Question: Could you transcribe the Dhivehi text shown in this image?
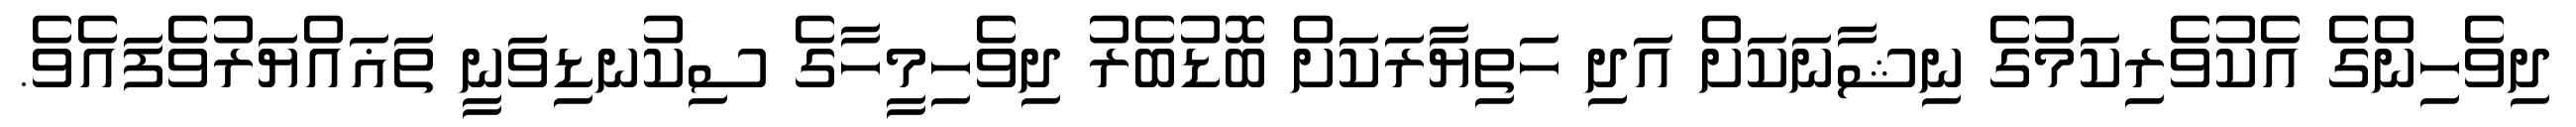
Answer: ދިވެހިންގެ އެކުވެރިކަމުގެ ނިޝާނަކަށް އަދި ހަތިޔާރަކަށް ބޮޑުބެރު ދިވެހިމީހާގެ ސިކުނޑިވަނީ ތަޣައްޔަރުވެފައެވެ.